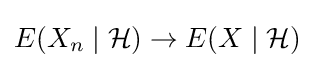
E(X_{n}\mid {\mathcal {H}})\to E(X\mid {\mathcal {H}})